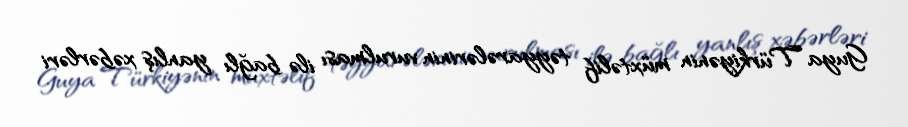
Guya Türkiyənin müxtəlif təyyarələrinin vurulması ilə bağlı yanlış xəbərləri